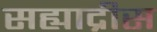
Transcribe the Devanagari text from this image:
सह्याद्रीस